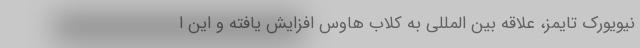
نیویورک تایمز، علاقه بین المللی به کلاب هاوس افزایش یافته و این ا